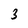
Character: 3